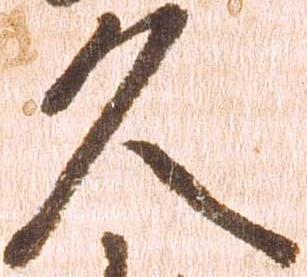
久